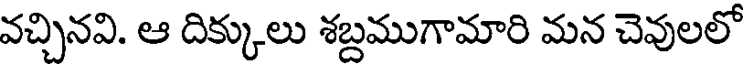
వచ్చినవి. ఆ దిక్కులు శబ్దముగామారి మన చెవులలో